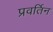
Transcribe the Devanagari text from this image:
प्रवर्तिन